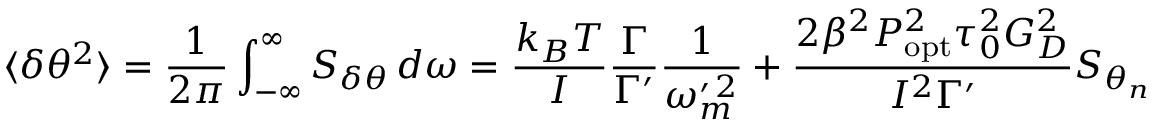
\langle \delta \theta ^ { 2 } \rangle = \frac { 1 } { 2 \pi } \int _ { - \infty } ^ { \infty } S _ { \delta \theta } \, d \omega = \frac { k _ { B } T } { I } \frac { \Gamma } { \Gamma ^ { \prime } } \frac { 1 } { \omega _ { m } ^ { \prime \, 2 } } + \frac { 2 \beta ^ { 2 } P _ { \mathrm { o p t } } ^ { 2 } \tau _ { 0 } ^ { 2 } G _ { D } ^ { 2 } } { I ^ { 2 } \Gamma ^ { \prime } } S _ { \theta _ { n } }